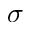
\sigma